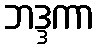
ဘဒ္ဒကာ